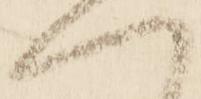
へ